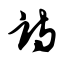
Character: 诗